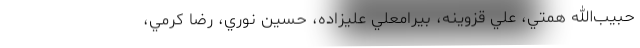
حبيب‌الله همتي، علي قزوينه، بيرامعلي عليزاده، حسين نوري، رضا کرمي،